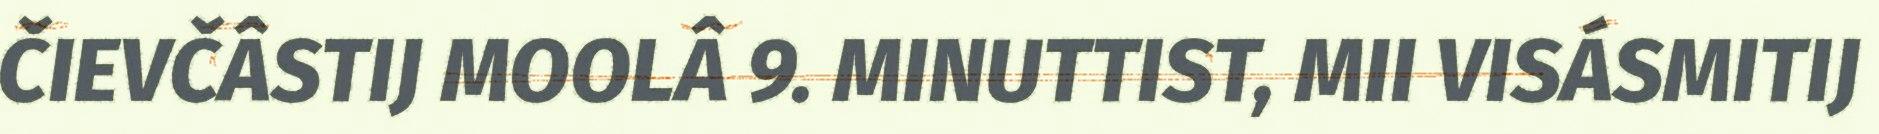
ČIEVČÂSTIJ MOOLÂ 9. MINUTTIST, MII VISÁSMITIJ